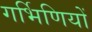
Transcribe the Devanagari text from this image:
गर्भिणियों